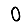
Digit: 0